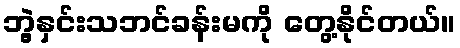
ဘွဲ့နှင်းသဘင်ခန်းမကို တွေ့နိုင်တယ်။